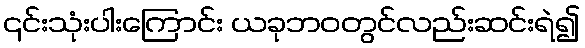
၎င်းသုံးပါးကြောင်း ယခုဘဝတွင်လည်းဆင်းရဲ၍